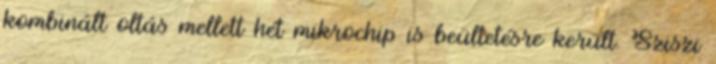
kombinált oltás mellett hét mikrochip is beültetésre került. Sziszi